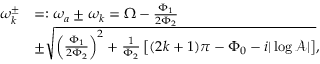
\begin{array} { r l } { \omega _ { k } ^ { \pm } } & { = : \omega _ { a } \pm \omega _ { k } = \Omega - \frac { \Phi _ { 1 } } { 2 \Phi _ { 2 } } } \\ & { \pm \sqrt { \left( \frac { \Phi _ { 1 } } { 2 \Phi _ { 2 } } \right) ^ { 2 } + \frac { 1 } { \Phi _ { 2 } } \left[ ( 2 k + 1 ) \pi - \Phi _ { 0 } - i | \log \mathcal { A } | \right] } , } \end{array}